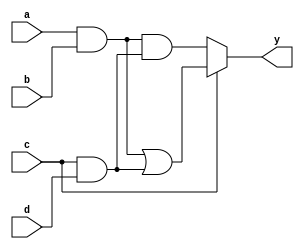
module MultiLevelSimplification (
    input wire a, b, c, d, // Input signals
    output wire y         // Output signal
);

// Intermediate signals
wire ab, ac, ad, bc, bd, cd;
wire ab_or_cd, ab_and_cd;
wire mux_out;

// Level 1: Basic Logic Gates
assign ab = a & b;       // AND gate
assign ac = a & c;       // AND gate
assign ad = a & d;       // AND gate
assign bc = b & c;       // AND gate
assign bd = b & d;       // AND gate
assign cd = c & d;       // AND gate

// Level 2: Intermediate Logic
assign ab_or_cd = ab | cd; // OR gate
assign ab_and_cd = ab & cd; // AND gate

// Level 3: Decomposition and Factorization
// Example of using common sub-expressions
wire common_expr1 = a | b; // Common expression
wire common_expr2 = c & d; // Another common expression

// Level 4: Multiplexer for optimization
// MUX to select between two paths based on 'c'
assign mux_out = (c) ? ab_or_cd : ab_and_cd;

// Final Output Logic
assign y = mux_out; // Final output combining the optimized logic

endmodule